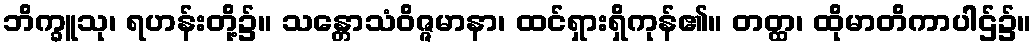
ဘိက္ခူသု၊ ရဟန်းတို့၌။ သန္တောသံဝိဇ္ဇမာနာ၊ ထင်ရှားရှိကုန်၏။ တတ္ထ၊ ထိုမာတိကာပါဌ်၌။